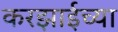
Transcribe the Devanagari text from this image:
करझाईच्या